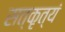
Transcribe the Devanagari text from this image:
सत्कृत्यं